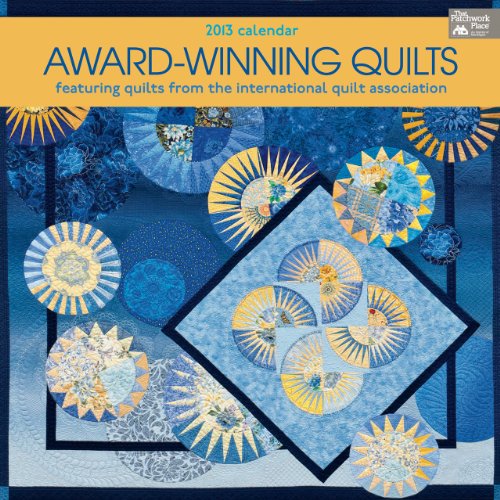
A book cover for Award-Winning Quilts 2013 Calendar: Featuring Quilts from International Quilt Association; Various; Calendars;